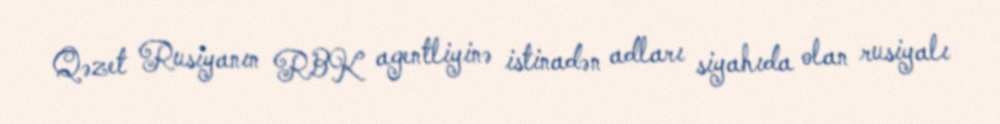
Qəzet Rusiyanın RBK agentliyinə istinadən adları siyahıda olan rusiyalı